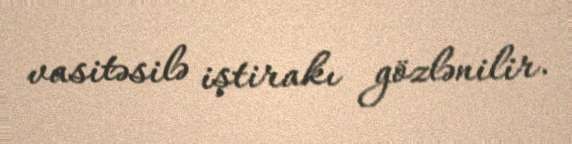
vasitəsilə iştirakı gözlənilir.